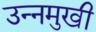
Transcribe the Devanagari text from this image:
उन्‍नमुखी